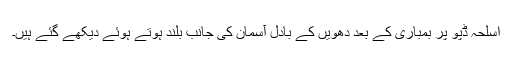
اسلحہ ڈپو پر بمباری کے بعد دھویں کے بادل آسمان کی جانب بلند ہوتے ہوئے دیکھے گئے ہیں۔